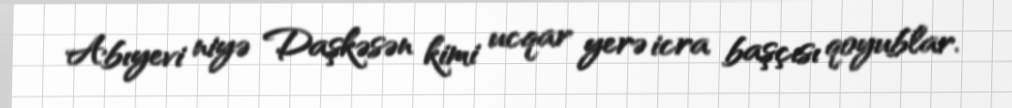
Abıyevi niyə Daşkəsən kimi ucqar yerə icra başçısı qoyublar.